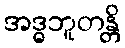
အဒ္ဓဘူတန္တိ